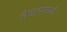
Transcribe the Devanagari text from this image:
चेहर्‍यासाठी